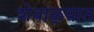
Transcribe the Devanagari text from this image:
शेवाळ्यात